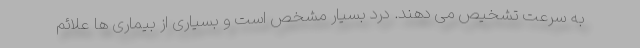
به سرعت تشخیص می دهند. درد بسیار مشخص است و بسیاری از بیماری ها علائم